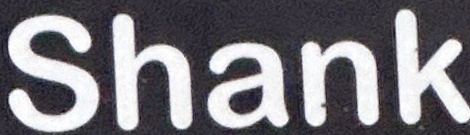
Shank